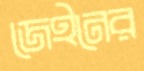
জেইনের